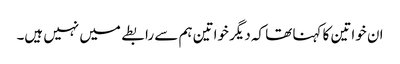
ان خواتین کا کہنا تھا کہ دیگر خواتین ہم سے رابطے میں نہیں ہیں۔